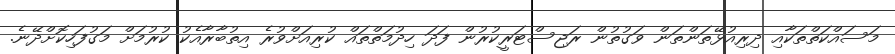
މަސައްކަތްތަކާއި ދިރިއުޅޭތަންތަން ވަގުތުން ރަޖިސްޓަރީކުރުން ފަދަ ހިދުމަތްތައް ކުރިއަށްވުރެ އިތުބާރާއެކު ކުރުމަށް މަގުފަހިކޮށްދޭނެ.